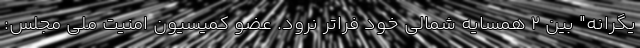
یگرانه" بین 2 همسایه شمالی خود فراتر نرود. عضو کمیسیون امنیت ملی مجلس: